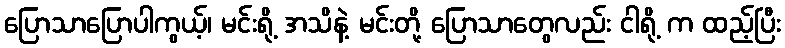
ပြောသာပြောပါကွယ့်၊ မင်းရို့ အသိနဲ့ မင်းတို့ ပြောသာတွေလည်း ငါရို့ က ထည့်ပြီး